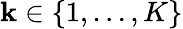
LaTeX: \mathbf{k}\in\{ 1,\ldots,K\}